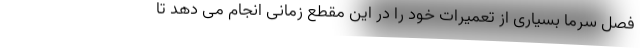
فصل سرما بسیاری از تعمیرات خود را در این مقطع زمانی انجام می دهد تا